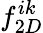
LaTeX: f_{2D}^{ik}